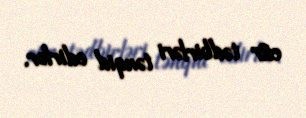
cür tədbirləri tənqid edirlər.